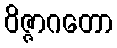
ဝိဇ္ဇာဂတော